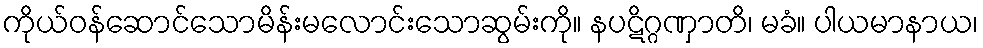
ကိုယ်ဝန်ဆောင်သောမိန်းမလောင်းသောဆွမ်းကို။ နပဋိဂ္ဂဏှာတိ၊ မခံ။ ပါယမာနာယ၊